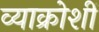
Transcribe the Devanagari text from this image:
व्याक्रोशीं